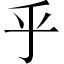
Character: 乎